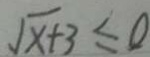
\sqrt { x + 3 } \leq 0